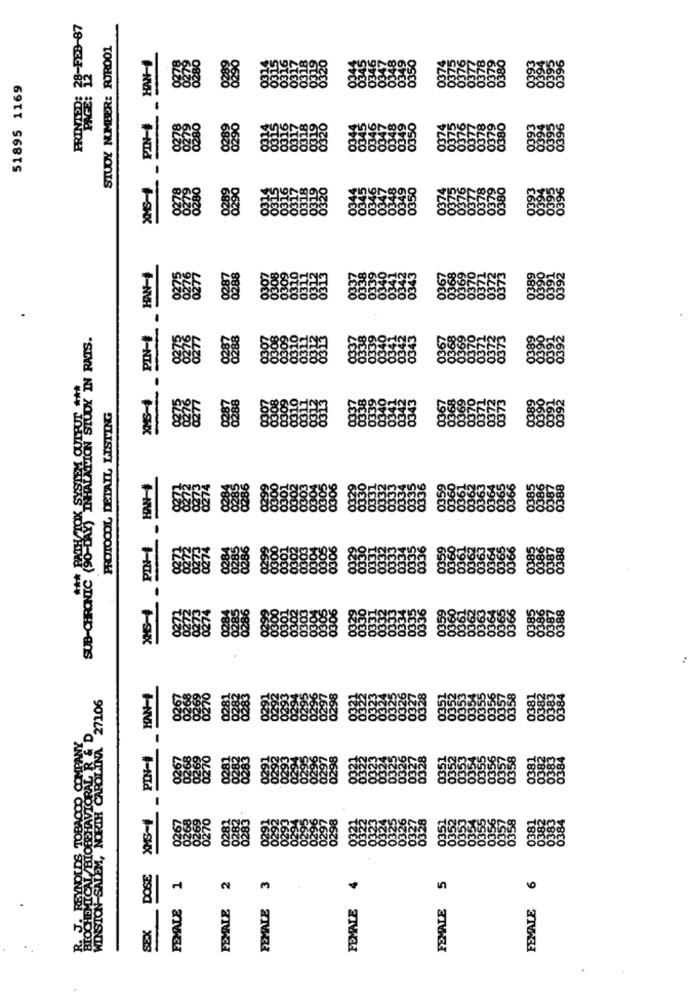
2: 29-FEB-87
STUDY NUMBER: ROR001
HAN-
51895 1169
588
INS-4PIN- HAN-
NIC (SO DAV) INHALATION STUDY IN RATS.
0277
PROTOCOL DETAIL LISTING
666 8888
PIN- HAN-+
EGGS 888
SUB-CHRONIC
WINSTON-SALEM, NORTH CAROLINA 27106
HAN-
PIN-4
R. J. REYNOLDS TOBACCO COMPANY
BIOCHEMICAL /BIOBEHAVIORAL R & D
-
XMS-4
8283
SEX DOSE
FEMALE 5
FEMALE 1
FEMALE 2
FEMALE 3
FEMALE 6
FEMALE